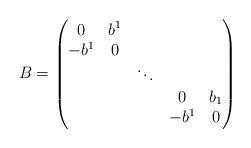
LaTeX: \begin{align*}B=\begin{pmatrix} 0 &b^1 \\-b^1 & 0 & & & \\ && \ddots && \\ & & & 0 &b_1\\ && & -b^1& 0\\ \end{pmatrix} \end{align*}